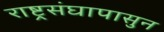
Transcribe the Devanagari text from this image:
राष्ट्रसंघापासुन